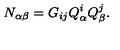
N _ { \alpha \beta } = G _ { i j } Q _ { \alpha } ^ { i } Q _ { \beta } ^ { j } .